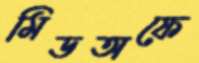
মিডঅফে